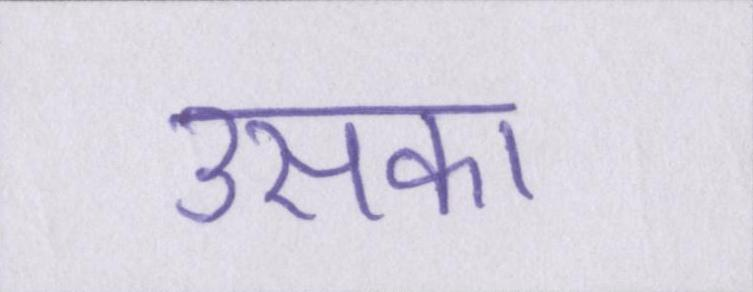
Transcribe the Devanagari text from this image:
उसका